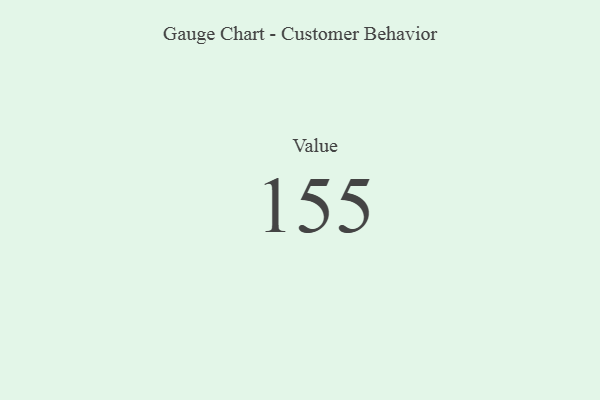
{"axis": {"x": "Metric", "y": "Value"}, "legend": [""], "data": [{"x": "Value", "y": 155, "type": ""}]}